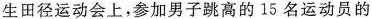
生田径运动会上，参加男子跳高的15名运动员的